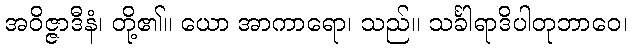
အဝိဇ္ဇာဒီနံ၊ တို့၏။ ယော အာကာရော၊ သည်။ သင်္ခါရာဒိပါတုဘာဝေ၊